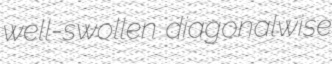
well-swollen diagonalwise